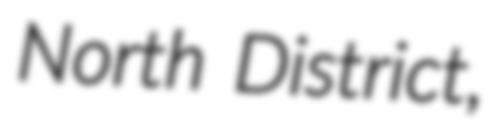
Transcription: North District,